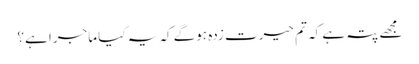
مجھے پتہ ہے کہ تم حیرت زدہ ہوگے کہ یہ کیا ماجرا ہے؟